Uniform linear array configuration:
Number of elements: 16
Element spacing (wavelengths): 0.75
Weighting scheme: hann
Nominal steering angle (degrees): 45
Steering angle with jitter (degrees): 43.187
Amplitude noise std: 0.05
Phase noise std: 0.05

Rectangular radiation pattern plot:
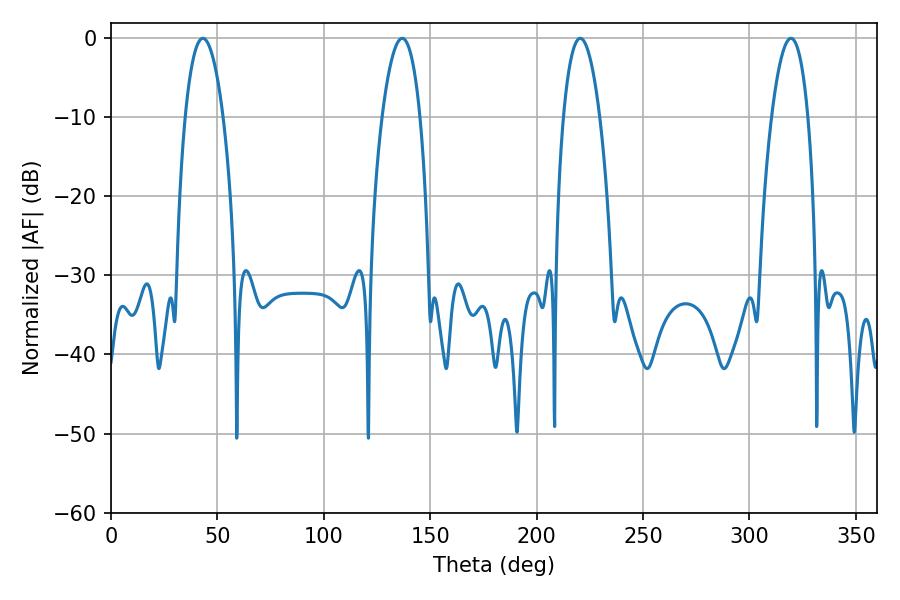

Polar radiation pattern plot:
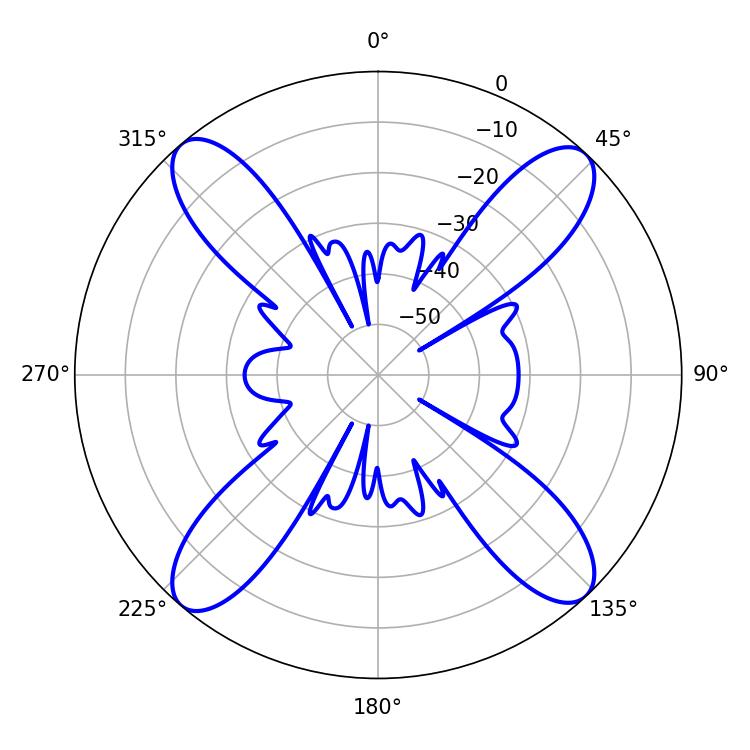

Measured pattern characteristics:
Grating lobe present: TRUE
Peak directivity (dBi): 19.427
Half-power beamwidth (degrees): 9.36
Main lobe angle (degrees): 220.5